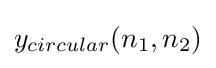
y_{circular}(n_{1},n_{2})